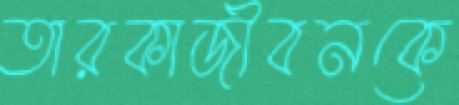
তারকাজীবনকে